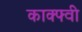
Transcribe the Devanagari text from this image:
काक्फ्वी